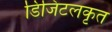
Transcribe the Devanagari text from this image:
डिजिटलकृत